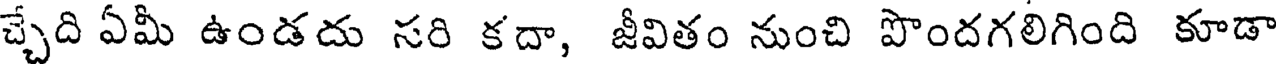
చ్చేది ఏమీ ఉండదు సరి కదా, జీవితం నుంచి పొందగలిగింది కూడా